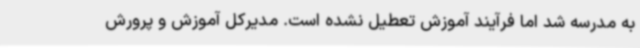
به مدرسه شد اما فرآیند آموزش تعطیل نشده است. مدیرکل آموزش و پرورش